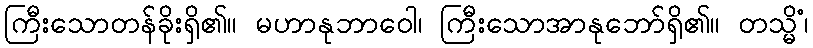
ကြီးသောတန်ခိုးရှိ၏။ မဟာနုဘာဝေါ၊ ကြီးသောအာနုဘော်ရှိ၏။ တသ္မိံ၊